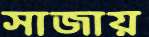
সাজায়